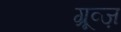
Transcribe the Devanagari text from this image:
ग्रूव्ज़